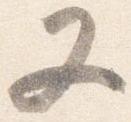
又